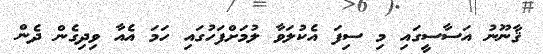
ޤާނޫނު އަސާސީގައި މި ސިފަ އެކުލަވާ ލުމަށްފަހުގައި ހަމަ އެއާ ވިދިގެން ދެން